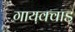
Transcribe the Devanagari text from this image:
गायक्वाड